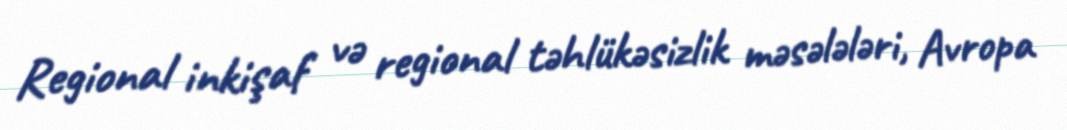
Regional inkişaf və regional təhlükəsizlik məsələləri, Avropa